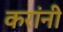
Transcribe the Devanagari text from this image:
करांनी